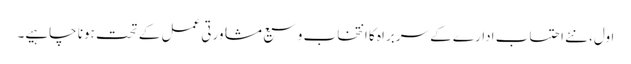
اول، نئے احتساب ادارے کے سربراہ کا انتخاب وسیع مشاورتی عمل کے تحت ہونا چاہیے۔